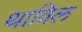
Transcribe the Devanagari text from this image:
थाविल